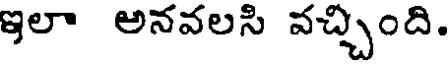
ఇలా అనవలసి వచ్చింది.